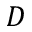
D